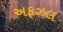
અફઝલ